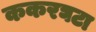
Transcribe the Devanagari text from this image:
ककरघटा